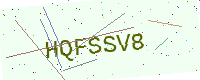
Text: HQFSSV8